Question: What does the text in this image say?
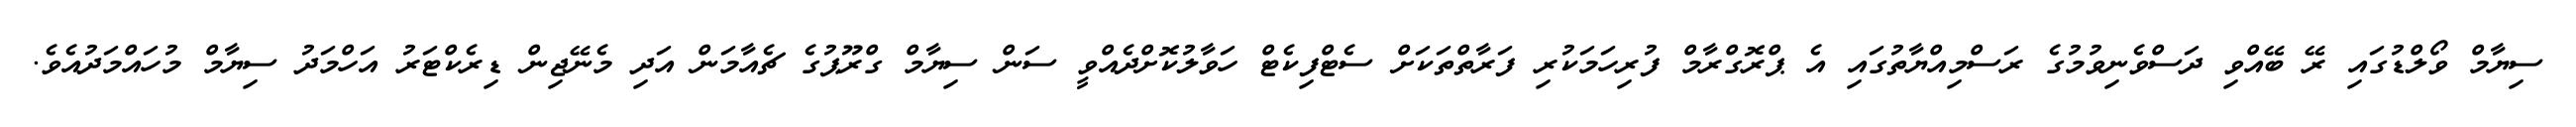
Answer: ސިޔާމް ވޯލްޑުގައި ރޭ ބޭއްވި ދަސްވެނިވުމުގެ ރަސްމިއްޔާތުގައި އެ ޕްރޮގްރާމް ފުރިހަމަކުރި ފަރާތްތަކަށް ސެޓްފިކެޓް ހަވާލުކޮށްދެއްވީ ސަން ސިޔާމް ގްރޫޕުގެ ޗެއާމަން އަދި މެނޭޖިން ޑިރެކްޓަރު އަހްމަދު ސިޔާމް މުހައްމަދުއެވެ.